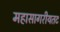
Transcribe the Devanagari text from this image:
महासागरीयतट